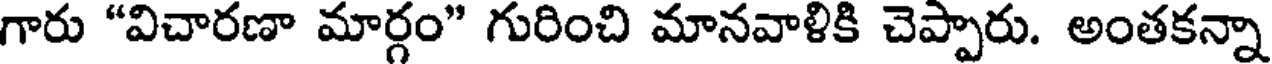
గారు "విచారణా మార్గం" గురించి మానవాళికి చెప్పారు. అంతకన్నా